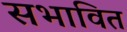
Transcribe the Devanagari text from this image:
सभावित